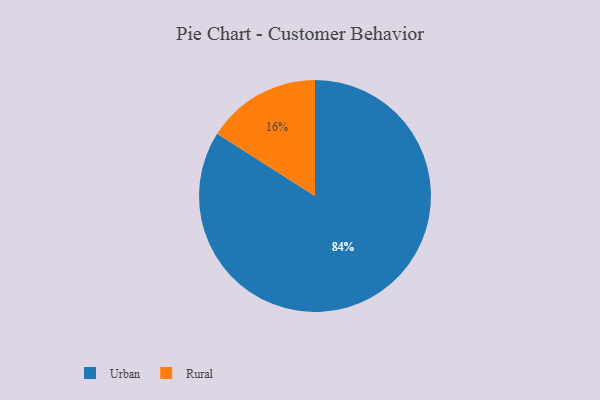
{"axis": {"x": "Category", "y": "Percentage"}, "legend": ["Rural", "Urban"], "data": [{"x": "Urban", "y": 84, "type": "Urban"}, {"x": "Rural", "y": 16, "type": "Rural"}]}